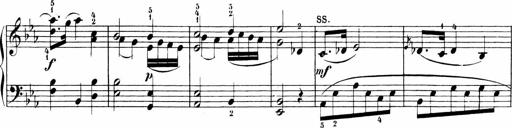
Title: 6 Sonatinas
Composer: Carl Reinecke